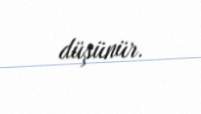
düşünür.